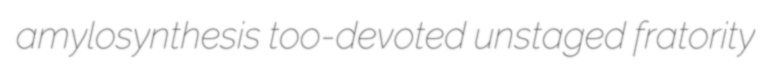
amylosynthesis too-devoted unstaged fratority